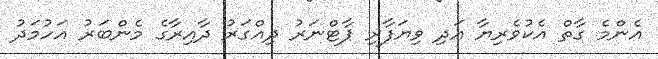
އެންމެ ގާތް އެކުވެރިޔާ އަދި ވިޔަފާރި ޕާޓްނަރު ދިއްގަރު ދާއިރާގެ މެންބަރު އަހުމަދު